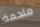
ملحمة